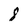
Character: 8